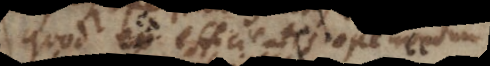
quod ex efficiente nondum